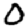
Digit: 0